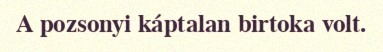
A pozsonyi káptalan birtoka volt.